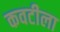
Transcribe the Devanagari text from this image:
कवटीला